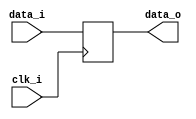
module bsg_dff_width_p35
(
  clk_i,
  data_i,
  data_o
);

  input [34:0] data_i;
  output [34:0] data_o;
  input clk_i;
  reg [34:0] data_o;

  always @(posedge clk_i) begin
    if(1'b1) begin
      { data_o[34:0] } <= { data_i[34:0] };
    end 
  end


endmodule